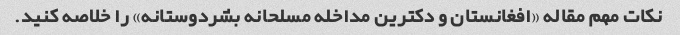
نکات مهم مقاله «افغانستان و دکترین مداخله مسلحانه بشردوستانه» را خلاصه کنید.